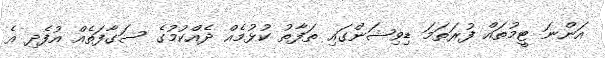
އަންނަ ޓީމުތައް ފުރަތަމަ ޑިވިޝަންގައި ތަފާތު ކުޅުމެއް ދެއްކުމުގެ ސަގާފަތެއް އުފެދި އެ